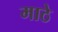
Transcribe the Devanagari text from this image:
माठे